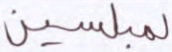
لمبلسين